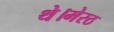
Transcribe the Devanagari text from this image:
थे।मेरठ